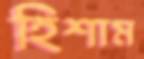
হিশাম